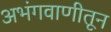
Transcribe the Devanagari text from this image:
अभंगवाणीतून